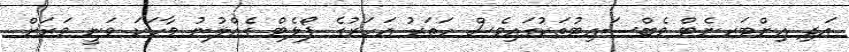
އަދި އިންޓަރނެޓް ވެބްސައިޓުތަކުގައިވެސް ހަތަރު އަހަރުގެ ޕޯލެޓް ގެއްލުނު ވާހަކަ ވަނީ ވަރަށް